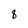
Character: 8